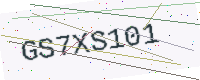
Text: GS7XS101